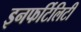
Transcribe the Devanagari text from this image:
इनफर्टिलिटी